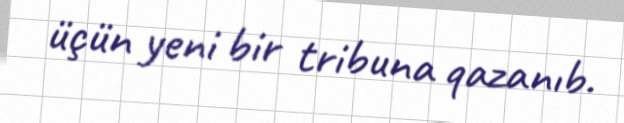
üçün yeni bir tribuna qazanıb.